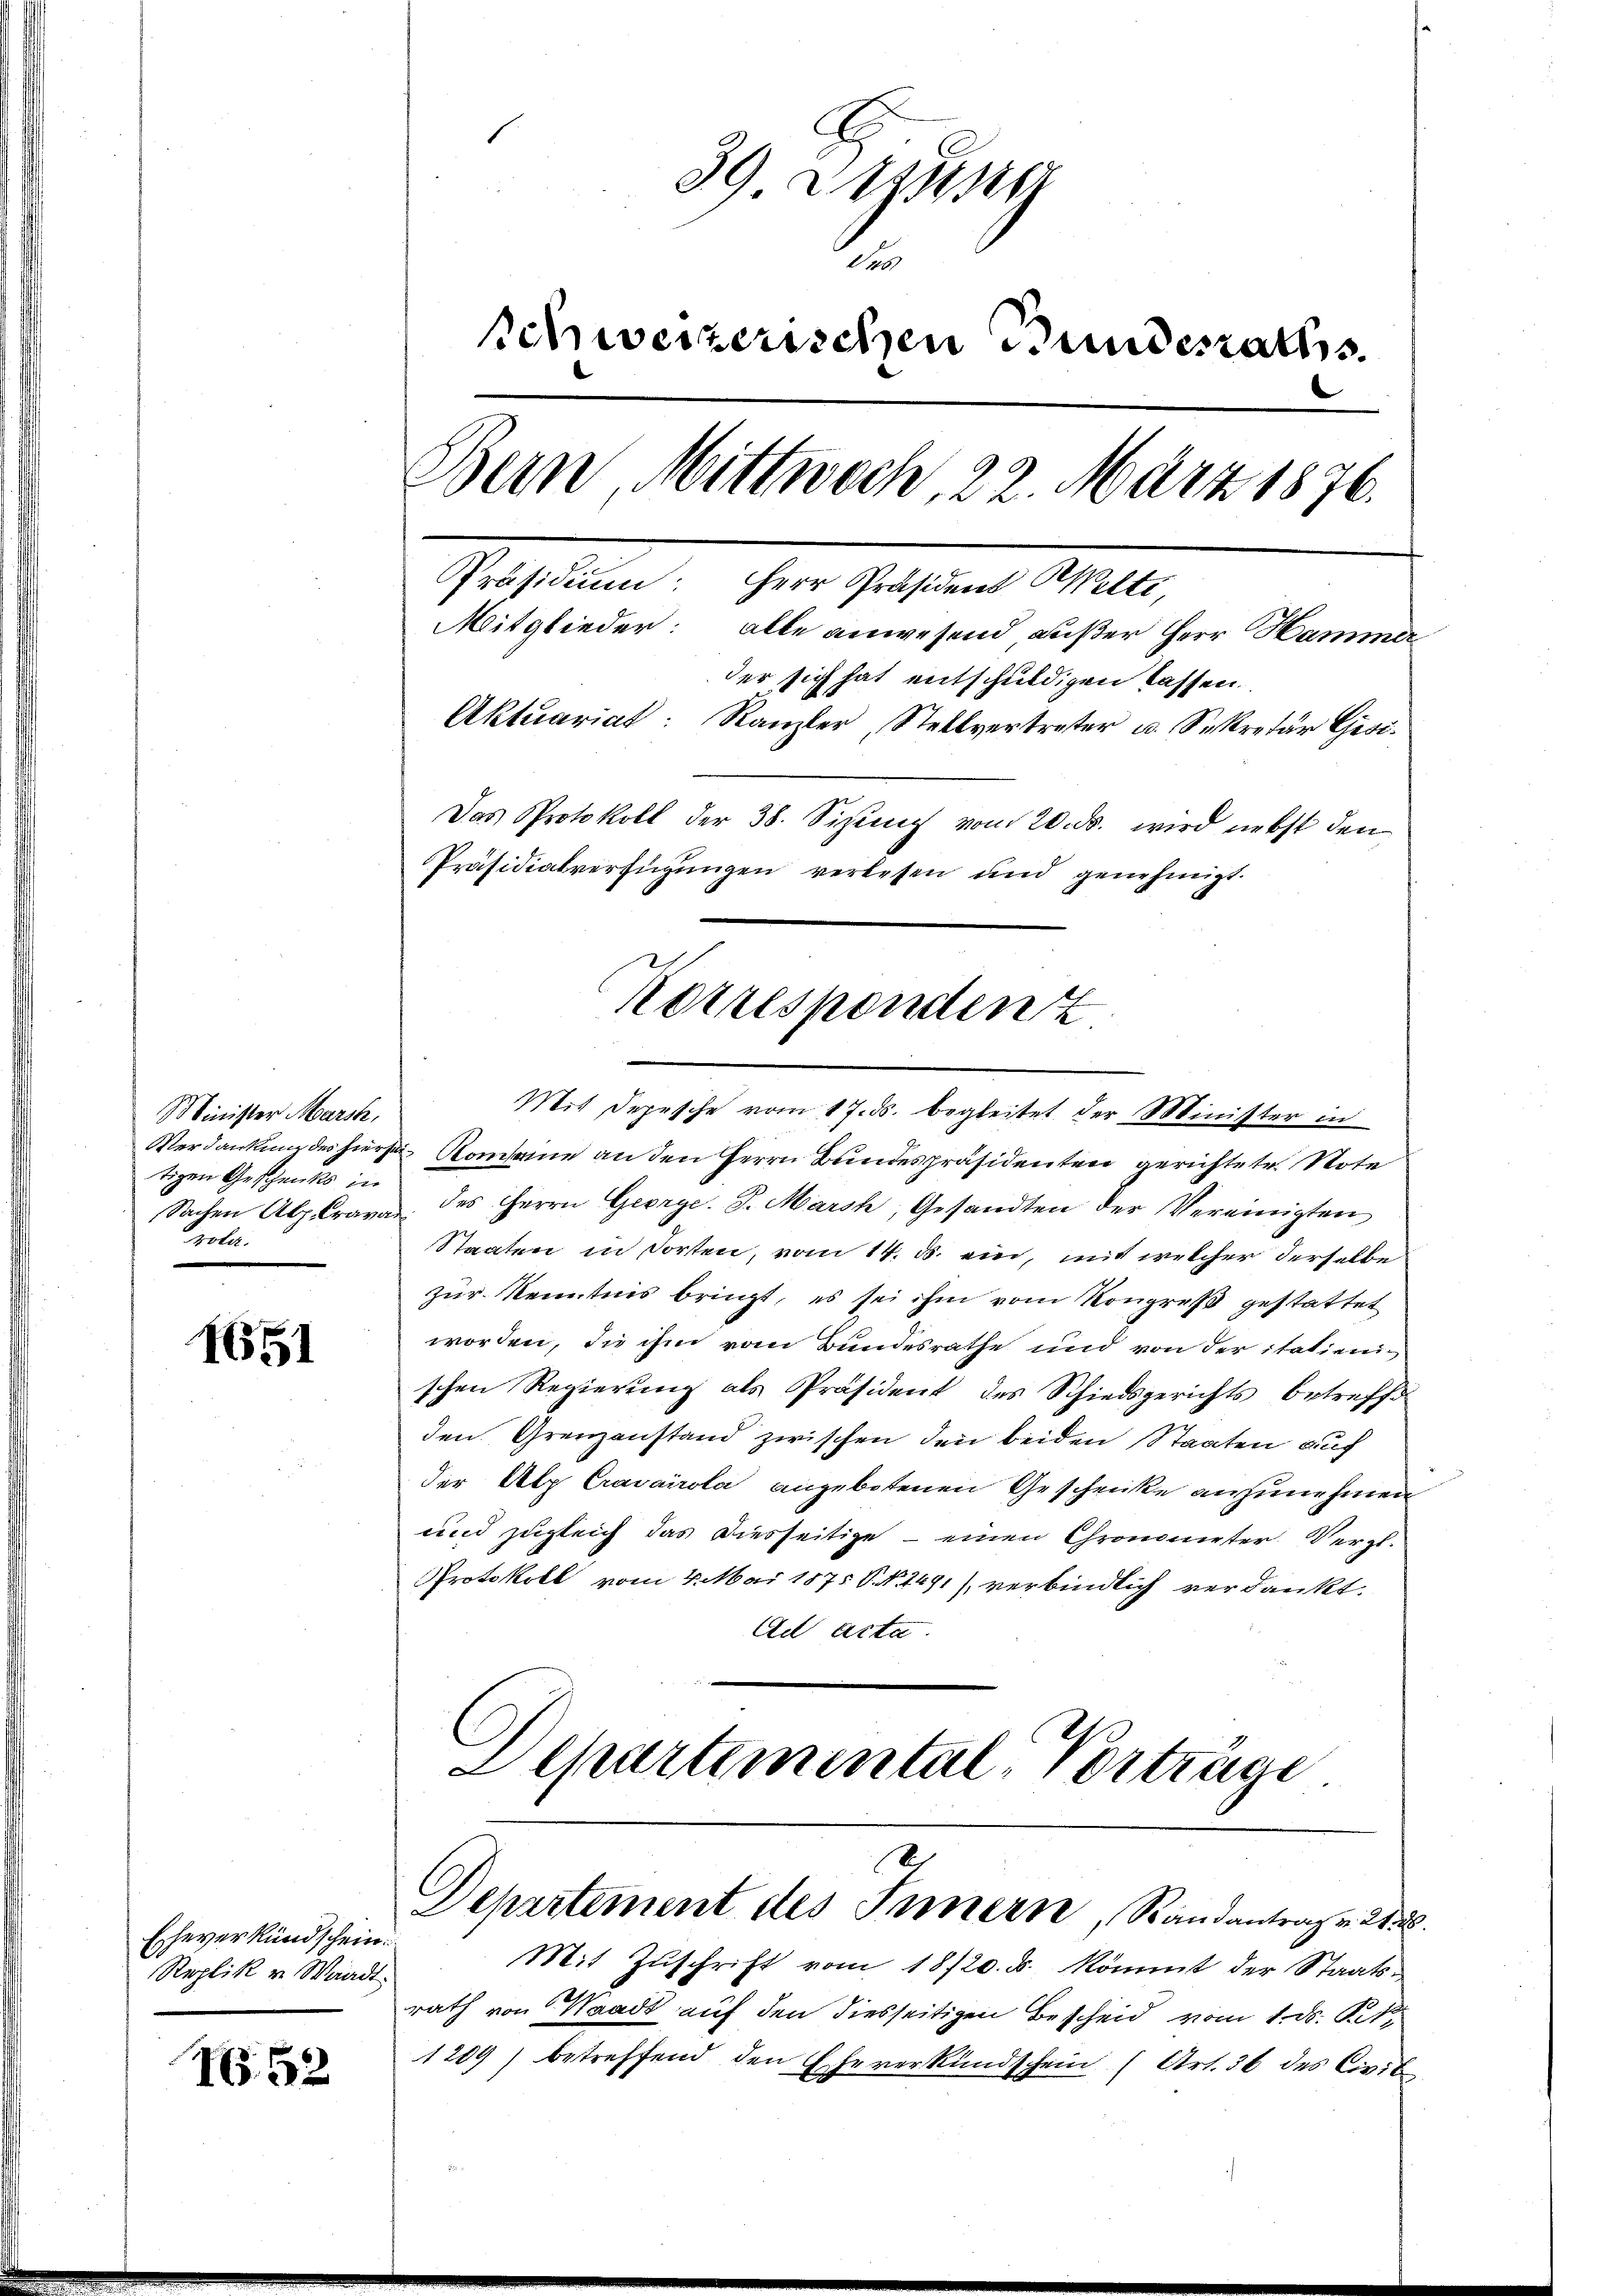
Minister Marste,
tigen Geschenks in
rola.

1651

Eheverkündschein
Replik u. Waadt.

1652

s
39 Weing
de
schweizerischen Bundesraths.
Bern, Mittwoch, 22. März 1876.
Präsidium: Herr Präsident Welti,
Mitglieder: alle anwesend außer Herr Hammer
der sich hat entschuldigen lassen.
Aktuariat: Kanzler, Stellvertreter u. Sekretär Gisi
Das Protokoll der 38. Sizung vom 20. ds. wird nebst den
Präsidialverfügungen verlesen und genehmigt.

Korrespendenz
Mit Depesche vom 17. ds. begleitet der Minister in

Verdankung des hierse Kosame an den Herrn Bundespräsidenten gerichtete Note
Sachen Alp Crava des Herrn George. J. Marsh, Gesandten der Vereinigten
Staaten in Sorten, vom 14. ds. ein, mit welcher derselbe
zur Kenntnis bringt, es sei ihm vom Kongreß gestattet
worden, die ihm vom Bundesrathe und von der italienischen Regierung als Präsident des Schiedsgerichts betreffe
den Grenzanstand zwischen den beiden Staaten auf
der Alp Cravairola angebotenen Geschenke anzunehmen
und zugleich das Diesseitige – einen Chronometer Vergl.
Protokoll vom 4. Mai 1875 S. 1491), verbindlich verdankt.
Ad acta
Departemental Vorträge

Departement des Innern, Randantrag v. 21. 2.

Mit Zŭschrift vom 18/20. ds. kömmt der Staats-
rath von Waadt auf den diesseitigen Bescheid vom 1. d. St
1209) betreffend den Eheverkundschein (Art. 36 des Civil